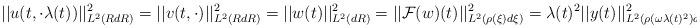
LaTeX: \begin{align*} ||u(t,\cdot \lambda(t))||^{2}_{L^{2}(R dR)} = ||v(t,\cdot)||^{2}_{L^{2}(R dR)} = ||w(t)||^{2}_{L^{2}(dR)} = ||\mathcal{F}(w)(t)||_{L^{2}(\rho(\xi) d\xi)}^{2} = \lambda(t)^{2} ||y(t)||_{L^{2}(\rho(\omega \lambda(t)^{2})d\omega)}^{2}\end{align*}